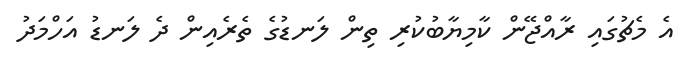
އެ މެޗުގައި ރާއްޖޭން ކާމިޔާބުކުރި ތިން ލަނޑުގެ ތެރެއިން ދެ ލަނޑު އަހްމަދު